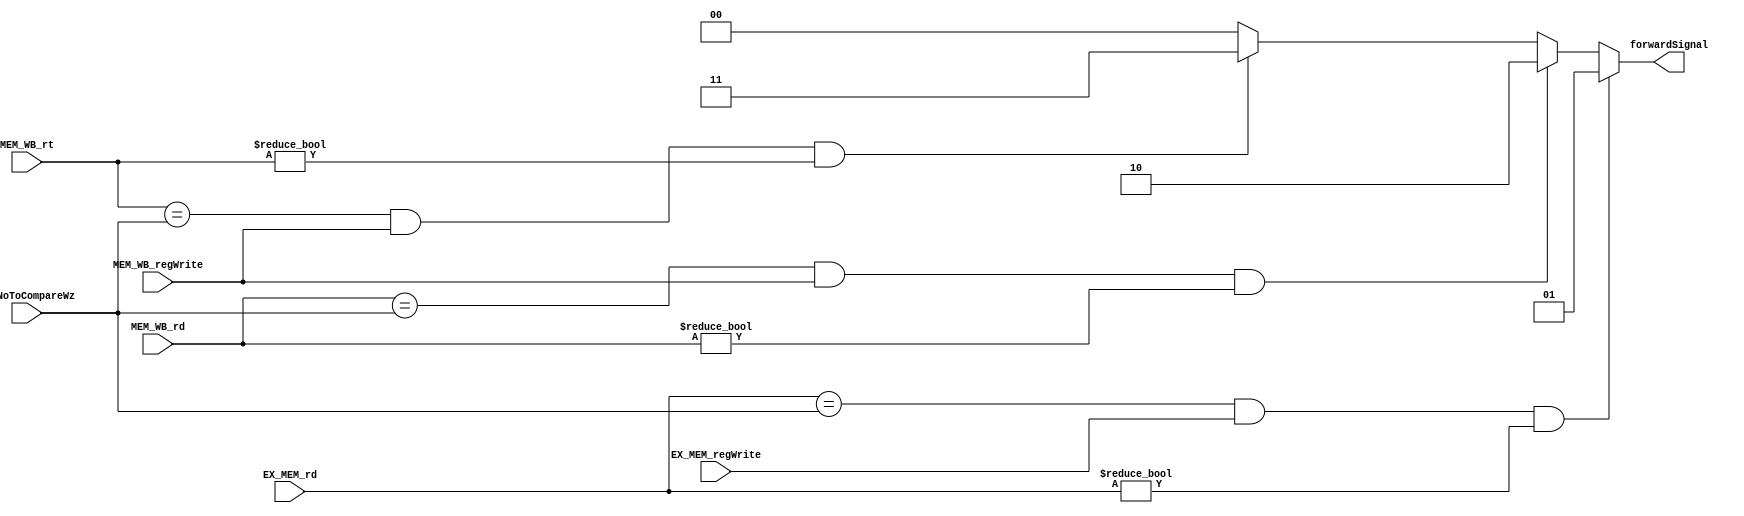
module ForwardControl(EX_MEM_regWrite,MEM_WB_regWrite,EX_MEM_rd,MEM_WB_rd,MEM_WB_rt,regNoToCompareWz,forwardSignal);
	
	input EX_MEM_regWrite,MEM_WB_regWrite;
	input [4:0]	EX_MEM_rd,MEM_WB_rd,MEM_WB_rt,regNoToCompareWz;
	output reg[1:0]forwardSignal; 				 
	always@*
		begin  

			//$strobe($time,,"EX_MEM_regWrite=%d MEM_WB_regWrite=%d EX_MEM_rd=%d MEM_WB_rd=%d regNoToCompareWz=%d",EX_MEM_regWrite,MEM_WB_regWrite,EX_MEM_rd,MEM_WB_rd,regNoToCompareWz); 
			if( (EX_MEM_rd==regNoToCompareWz)&& EX_MEM_regWrite	&& (EX_MEM_rd!=0) )
				begin
					forwardSignal<=01;//execute hazard	
				//	$display($time,,"execute hazard");
				end
						
			else if( (MEM_WB_rd==regNoToCompareWz)&& MEM_WB_regWrite && (MEM_WB_rd!=0) )		
				begin
					forwardSignal<=10;//memory hazard

					//$display($time,,"memory hazard");
				end
			else if( (MEM_WB_rt==regNoToCompareWz)&& MEM_WB_regWrite && (MEM_WB_rt!=0) )		   
				begin
					forwardSignal<=11;//lw hazard
					//$display($time,,"load hazard");
				end
				

			else
				forwardSignal<=00;//no forwarding
				
		end
	endmodule